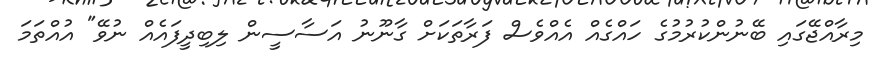
މިރާއްޖޭގައި ބޭނުންކުރުމުގެ ހައްގެއް އެއްވެސް ފަރާތަކަށް ގާނޫނު އަސާސީން ލިބިދީފައެއް ނުވޭ" އުއްތަމަ